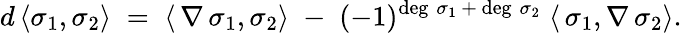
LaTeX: d\, \langle\sigma_{1},\sigma_{2}\rangle\; =\; \langle\, \nabla\, \sigma_{1},\sigma_{2}\rangle\; -\; (-1)^{\deg\, \sigma_{1}\, +\, \deg\, \sigma_{2}}\; \langle\, \sigma_{1},\nabla\, \sigma_{2}\rangle.